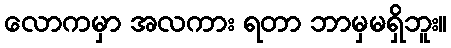
လောကမှာ အလကား ရတာ ဘာမှမရှိဘူး။